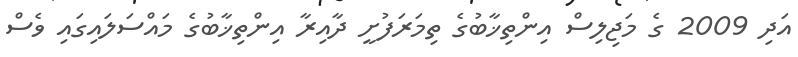
އަދި 2009 ގެ މަޖިލިސް އިންތިޚާބުގެ ތިމަރަފުށީ ދާއިރާ އިންތިޚާބުގެ މައްސަލައިގައި ވެސް